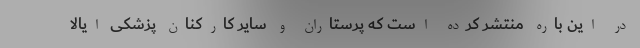
در این باره منتشر کرده است که پرستاران و سایر کارکنان پزشکی ایالا